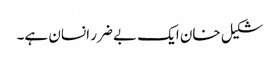
شکیل خان ایک بے ضرر انسان ہے۔